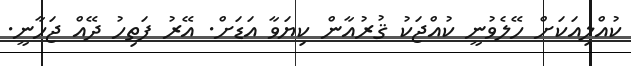
ކުއްލިއަކަށް ހޭލެވުނީ ކުއްޖަކު ޤުރުއާން ކިޔަވާ އަޑަށް. އޭރު ފަތިހު ދޭއް ޖަހާނީ.